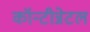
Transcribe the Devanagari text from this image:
कॉन्टीन्नेटल